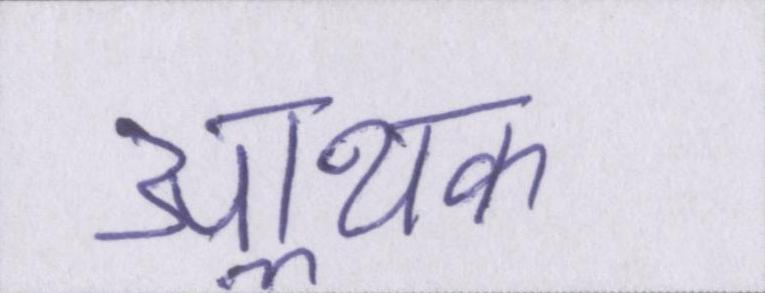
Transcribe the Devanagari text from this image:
आॢथक